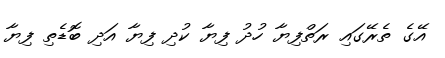
އޭގެ ތެރޭގައި ރަތްފިޔާ ހުދު ފިޔާ ކުދި ފިޔާ އަދި ބޮޑެތި ފިޔާ